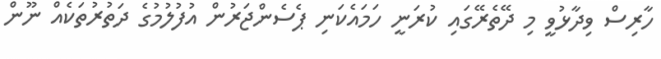
ހާރިސް ވިދާޅުވީ މި ދޭތެރޭގައި ކުރަނީ ހަމައެކަނި ޕެސެންޖަރުން އުފުލުމުގެ ދަތުރުތަކެއް ނޫން